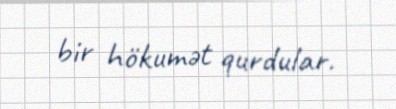
bir hökumət qurdular.